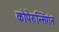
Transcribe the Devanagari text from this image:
कोपेरुन्सिगंन